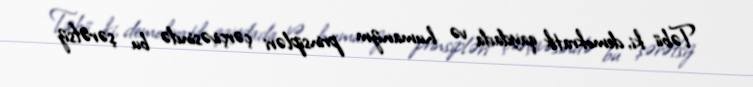
Təbii ki, demokratik qaydada və humanizm prinsipləri çərçivəsində bu şərəfsiz